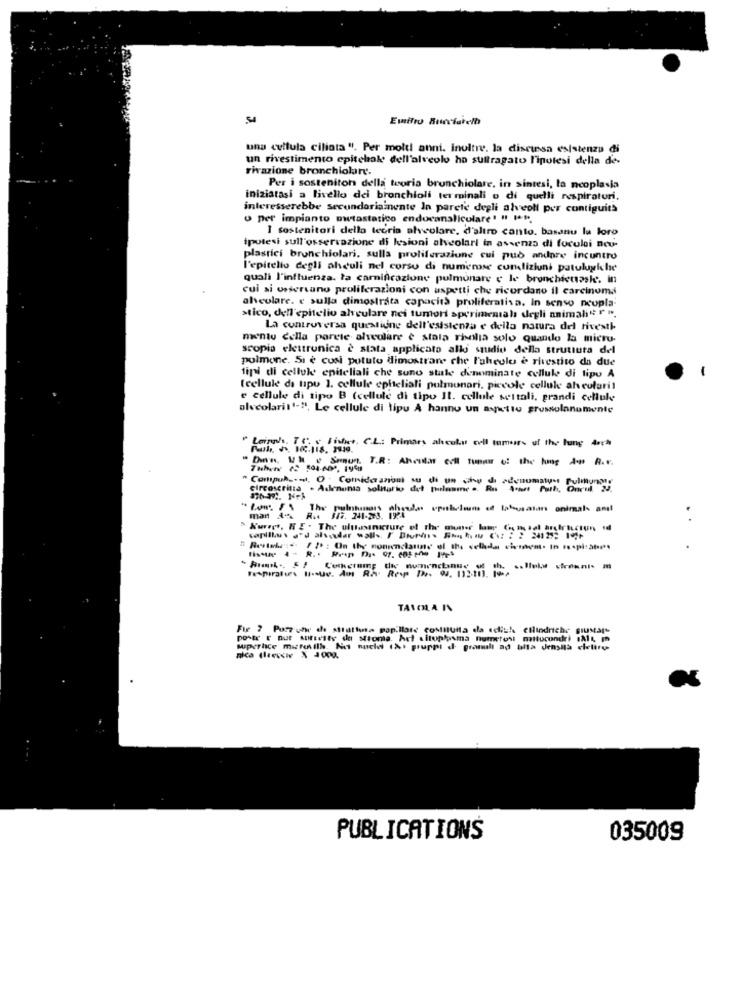
Emifro Burfarelh
una cultula ciliota ". Per molti anni. inoltre. la discusa esistenza di
un rivestimento epitchale dell'alveolo ho sultragato l'ipotesi della de-
rivazione bronchiolar'.
Per i sosteniton della teoria brunchiolare, in sintesi, la neoplasia
iniziatasi a livello dei bronchioli terminali o di quelli respiratori.
interesserebbe secundariamente In parete degli alveoli per contiguits
o per impianto metastatico endocanalicolare ' " I **.
I sostenitori della tecria alveolare, d'altro canto. basanu la loro
ipotesi sull'osservazione di lesioni alveolari in assenza di fuculoi nou-
plastici bronchiolari, sulla proliferazione cui può andare incontro
l'epitelio degli alcoli nel corso di numerose cundliziuni patulupiche
quali l'influenza. la carnificazione polmonare e le bronchicutasle. in
cui si osservano proliferazioni con aspetti che ricordano il carcinoma
alveolare. e sulla dimostrata capacità proliferativa. In senso neupla-
stico, dell'epitelio alyculare nei tumori sperimentali degli animali" " ".
La controversa questione dell'esistenza e della natura del rivesti-
mento della parcie alveolare è stata rivilja solo quando la micro-
scopia elettronica è stata applicato allo studio della struttura del
polmone. 51 è cusi potuto dimostrare che l'aheulo è rivestito da due
tipi di cellule epiteliali che suno stale denominate cellule di tipo A
(cellule da tipu 1. cellule epiteliali polmonari, piccole cellule ah coloril
e cellule di tipo B (cellule di tipo Il. cellule settali, grandi cellule
olscolari11-2, Le cellule di lipu A hanno un aspetto grossolanomente
" Laingh. TO v Fistwee. C.L .: Primary alculus cell tumeurs of the lung Arch
Dan, Why Smut. T.R: Aholx ell tu th
Compul .... O . Comida azioni su di un chy di adenumatys Pulmonar
circoscritta . Ademonia solitario det poleame .. Rus Sait faik, Onrul
antwort chede spulclass of trhusalon animals amit
.
man 325
Kurset, KE . The uluhasanicture of the muner lamp (intel africtun il
fish
/ P : On the nonnenclaune ol the celada cimem. In nosplats
TARONLA IN
Fur 7 Pusz che de strathena pop.llare costruita da edlich cilindriche giustst'
poste r out MItelty da Mioma. Art sitoplasma numerosi mitocondri 1814, I
wperhice mireille. No nucle (%i gruppi d gramili ad biffa Jensita clelire
PUBLICATIONS
035009